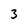
Character: 3